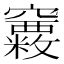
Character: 𥩂